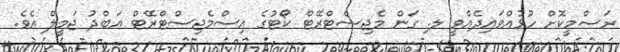
ރަސްމީކޮށް ހުޅުއްވައިދެއްވީ ލ. ގަން މެޖިސްޓްރޭޓް ކޯޓުގެ އިސްމެޖިސްޓްރޭޓް އަބްދު ޖަމީލް އެވެ.